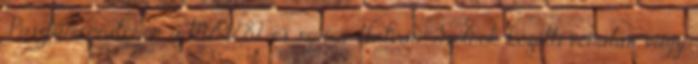
Pusztamonostoron, a MÁV 82-es számú, Hatvan-Szolnok közötti vonalán, vagy